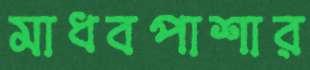
মাধবপাশার